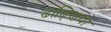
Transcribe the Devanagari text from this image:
ढाढ्णिया